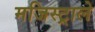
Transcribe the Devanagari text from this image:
मजिस्ट्राले